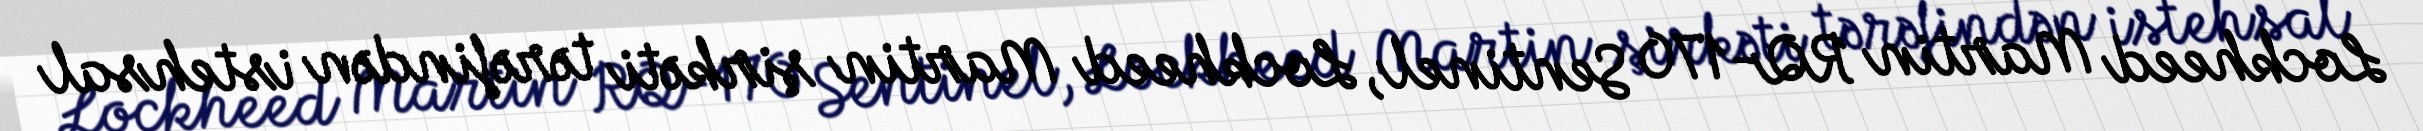
Lockheed Martin RQ-170 Sentinel, Lockheed Martin şirkəti tərəfindən istehsal